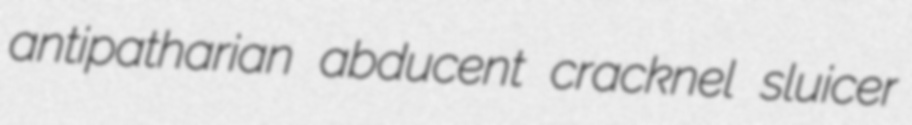
antipatharian abducent cracknel sluicer